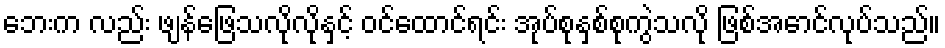
ဘေးက လည်း ဖျန်ဖြေသလိုလိုနှင့် ဝင်ထောင်ရင်း အုပ်စုနှစ်စုကွဲသလို ဖြစ်အောင်လုပ်သည်။